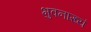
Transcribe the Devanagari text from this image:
भुवनाख्यं